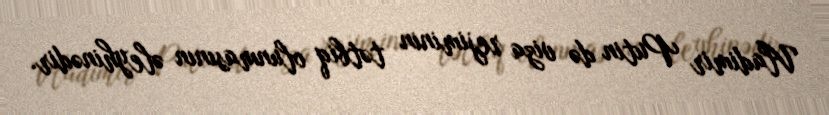
Vladimir Putin də viza rejiminin tətbiq olunmasının əleyhinədir.